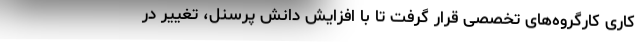
کاری کارگروه‌های تخصصی قرار گرفت تا با افزایش دانش پرسنل، تغییر در